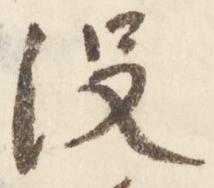
没